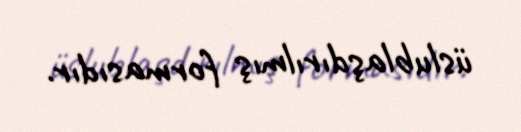
üslublaşdırılmış formasıdır.